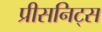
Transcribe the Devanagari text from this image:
प्रीसनिट्स